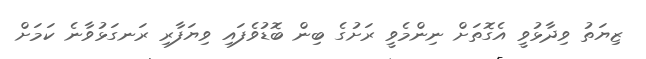
ޒިޔަތު ވިދާޅުވީ އެގޮތަށް ނިންމެވީ ރަށުގެ ބިން ބޮޑުވެފައި ވިޔަފާރި ރަނގަޅުވާނެ ކަމަށް